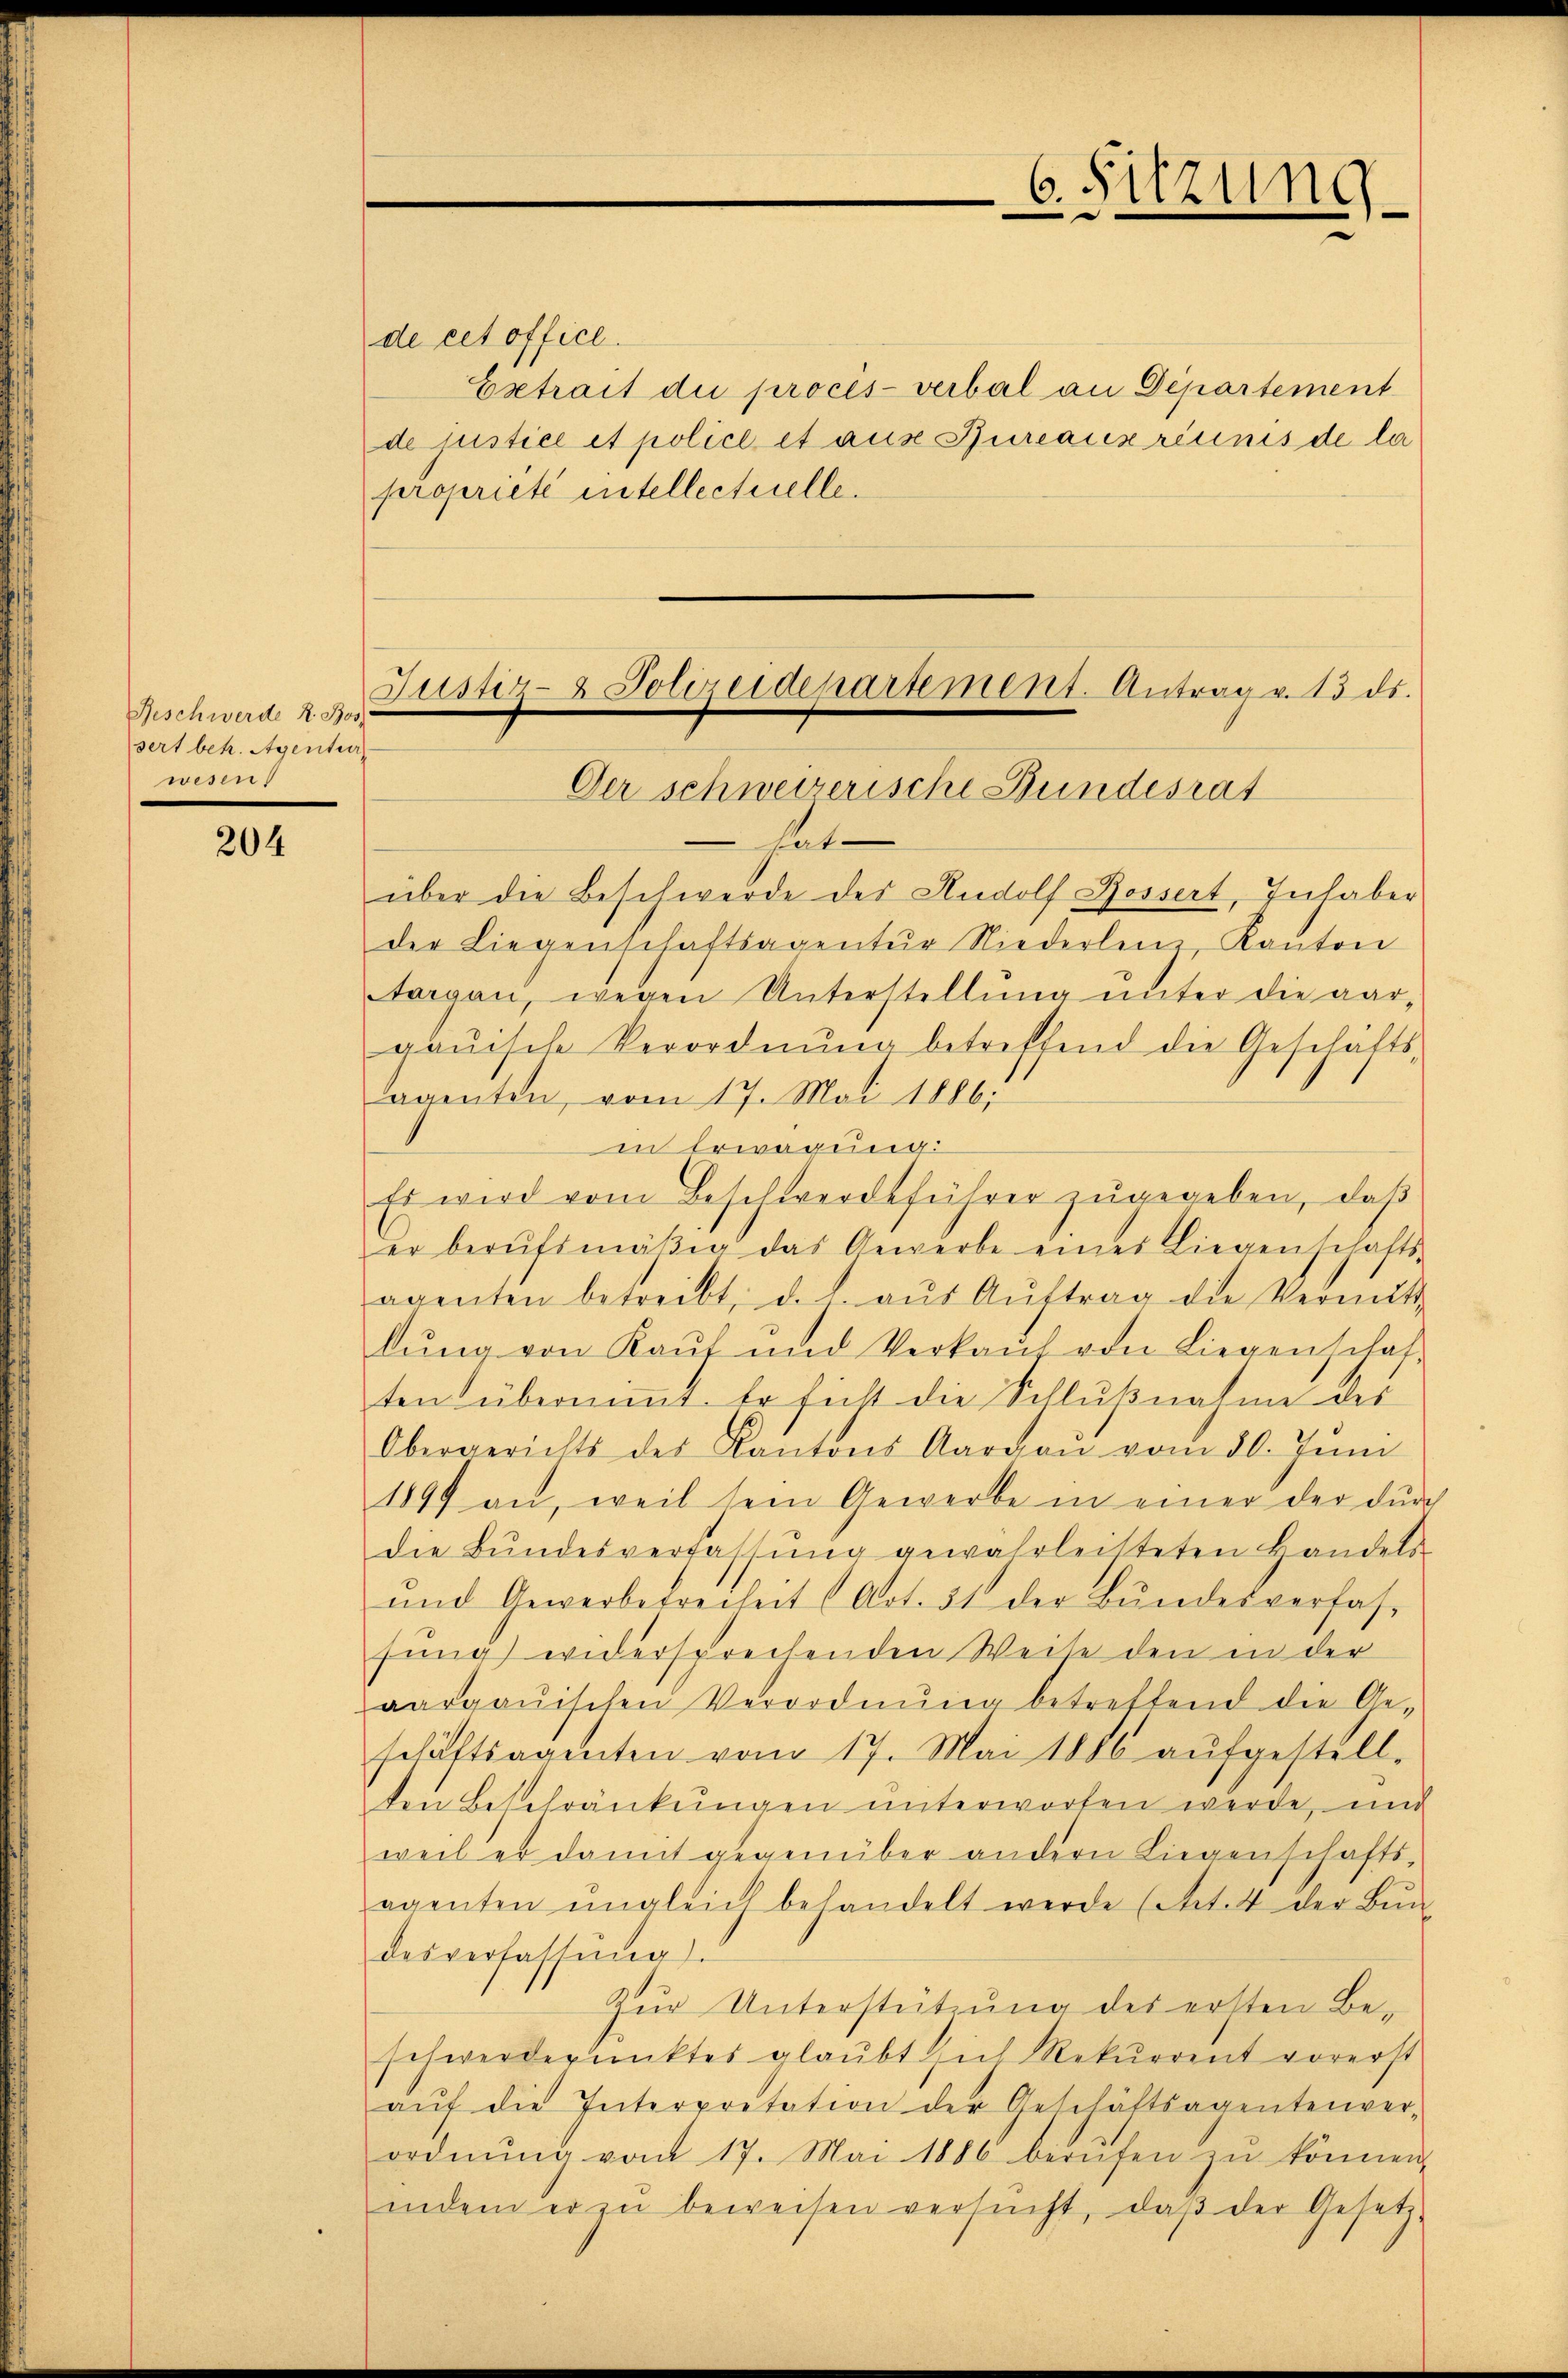
Beschwerde R. Ros
sert betr. Agentur
wesen

204

de cet officl.
Extrait die procès-verbal an Departement
de justice et police et aus Bureaux recinis de la
propriété intellectuelle.
Justiz- Polizeidepartement. Antrag v. 13 ds.
Der schweizerische Bundesrat

C. Sitzun
.
e
.

hat
über die Beschwerde des Rudolf Rossert, Inhaber
der Liegenschaftsagentŭr Niederlen, Kanton
argau, wegen Unterstellŭng ŭnter die aar-
gauische Verordnŭng betreffend die Geschäfts-
agenten, vom 17. Mai 1886,
in Erwägung:
Es wird vom Beschwerdeführer zŭgegeben, daβ
er berŭftmäßig das Gewerbe einer Liegenschafts-
agenten betreibt, d. h. aŭs Aŭftrag die Vermitt
lŭng von Kaŭt und Verkaŭf von Liegenschat,
ten übernimmt. Er sicht die Schlußnahme der
Obergerichts der Kantons Aargaŭ vom 30. Juni
1897 an, weil sein Gewerbe in einer der dŭrch
die Bŭndesverfassŭng gewahrleisteten Handels-
und Gewerbefreiheit (Art. 31 der Bŭndesverfas-
fung widersprechenden Weise den in der
aargauischen Verordnŭng betreffend die Ge-
schäftsagenten vom 17. Mai 1886 aŭfgestell-
ten Beschränkungen unterworfen werde, und
weil er damit gegenüber andern Liegenschafts-
agenten ŭngleich behandelt werde (Art. 4 der Bŭn
desverfassŭng.
Zur Unterstützung des ersten Be-
schwerderunktes glaubt sich Rekurrent vorerst
aŭf die Interpretation der Geschäftsagentenver-
ordnŭng vom 17. Mai 1886 berufen zŭ können.
indem er zŭ beweisen versŭcht, daβ der Gesetz-